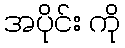
အပိုင်း ကို